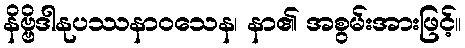
နိဗ္ဗိဒါနုပဿနာဝသေန၊ နာ၏ အစွမ်းအားဖြင့်။